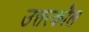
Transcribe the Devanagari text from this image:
उत्तरकौल